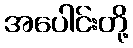
အပေါင်းတို့